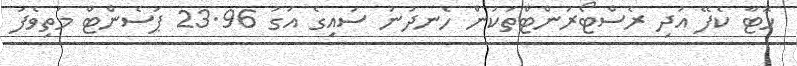
ހޮޓާ ކެފޭ އަދި ރެސްޓޯރަންޓްތަކުން ހެނދުނު ސައިގެ އަގު 23.96 ޕަސެންޓް މަތިވެފަ